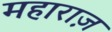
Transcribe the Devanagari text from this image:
महाराज़